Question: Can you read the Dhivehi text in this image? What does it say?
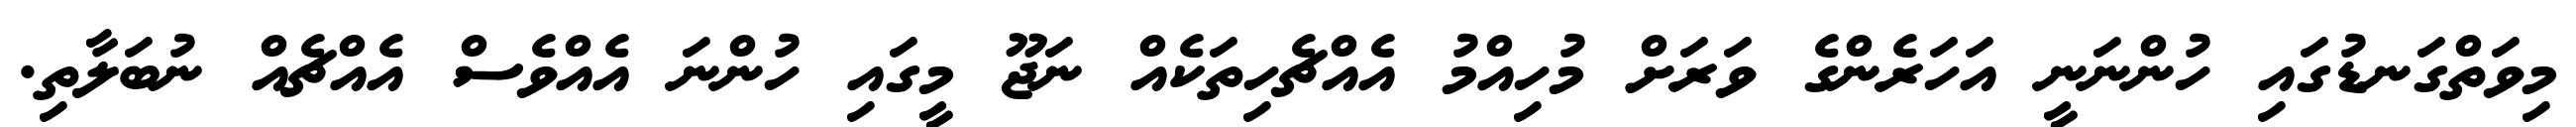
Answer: މިވަތްގަނޑުގައި ހުންނަނީ އަހަރެންގެ ވަރަށް މުހިއްމު އެއްޗެހިތަކެއް ނަޖޫ މީގައި ހުންނަ އެއްވެސް އެއްޗެއް ނުބަލާތި.